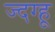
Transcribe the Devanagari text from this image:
ज्दग्हू